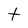
Character: t